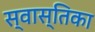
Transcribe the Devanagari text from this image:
स्वास्तिका